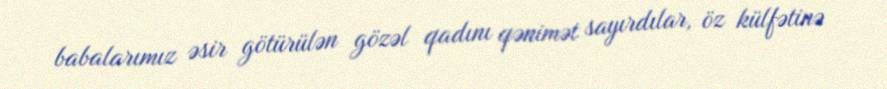
babalarımız əsir götürülən gözəl qadını qənimət sayırdılar, öz külfətinə